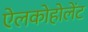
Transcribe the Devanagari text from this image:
ऐलकोहोलेंट